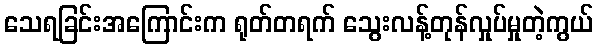
သေရခြင်းအကြောင်းက ရုတ်တရက် သွေးလန့်တုန်လှုပ်မှုတဲ့ကွယ်